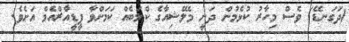
(ދަގަނޑޭ) ވެސް މިހާރު ކުޅެމުން ދަނީ މެލޭޝިއާގެ ކްލަބެއް ކަމަށްވާ ޕީޑީއާރްއެމް އަށެވެ.